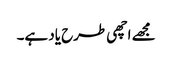
مجھے اچھی طرح یاد ہے۔